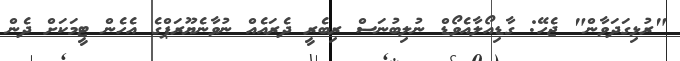
"ރުޅިގަދަވާން" ޖެހޭ: ގާޑިއޯލާއެވޯޑް ނުލިބުނަސް ރިބެރީ ދެރައެއް ނުވާނެޔޫރަޕްގެ އެހެން ޓީމަކަށް ދެން